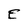
Character: E